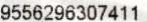
9556296307411